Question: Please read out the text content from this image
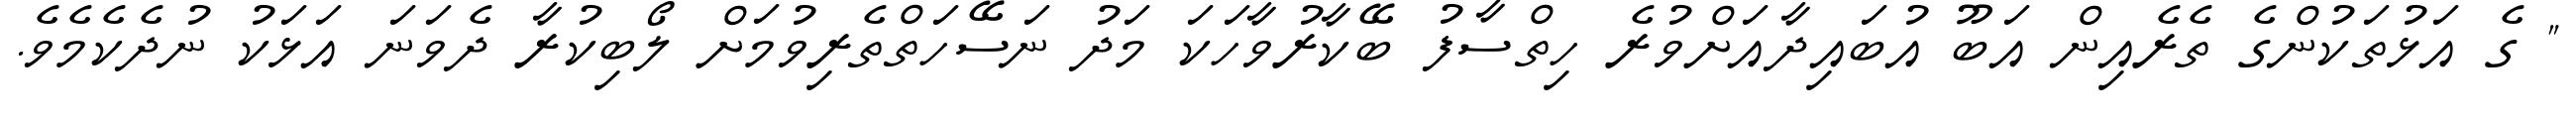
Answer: " ގެ އަޅުތަކުންގެ ތެރެއިން އަބޫ އުބައިދާއަށްވުރެ ހިތްސާފު ބޭކާރުވާހަކަ މަދު ނަސޭހަތްތެރިވުމަށް ލޯބިކުރާ ދެވަނަ އަޅަކު ނުދެކެމެވެ.